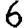
Digit: 6